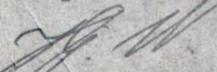
Hj. W.